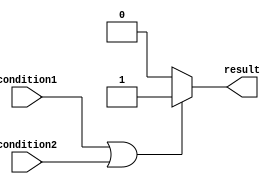
module if_else_logic_or (
    input wire condition1,
    input wire condition2,
    output reg result
);

always @(condition1, condition2)
begin
    if (condition1 || condition2) begin
        result <= 1;
    end
    else begin
        result <= 0;
    end
end

endmodule